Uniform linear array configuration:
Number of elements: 32
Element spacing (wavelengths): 0.25
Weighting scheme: hann
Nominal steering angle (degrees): -60
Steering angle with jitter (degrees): -61.271
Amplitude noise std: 0.05
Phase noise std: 0.05

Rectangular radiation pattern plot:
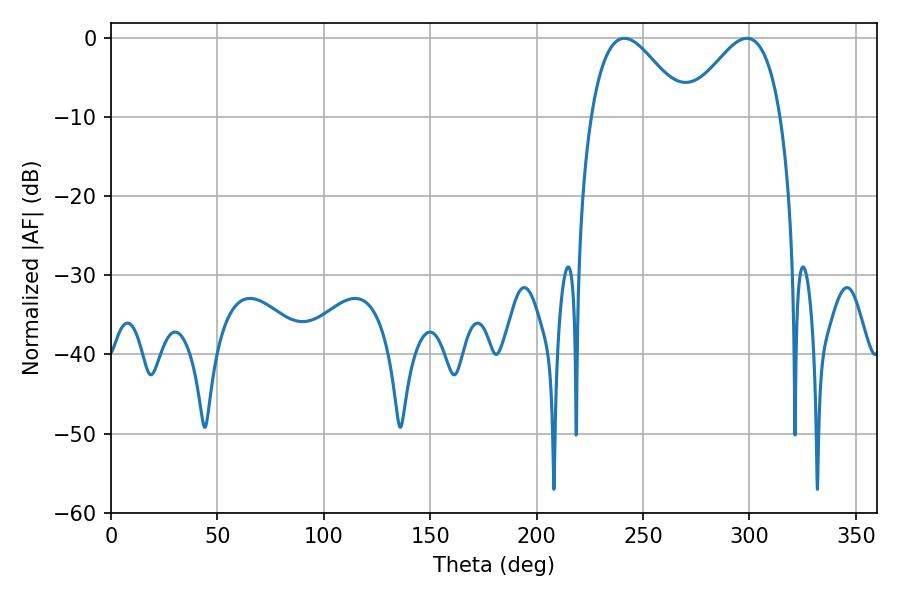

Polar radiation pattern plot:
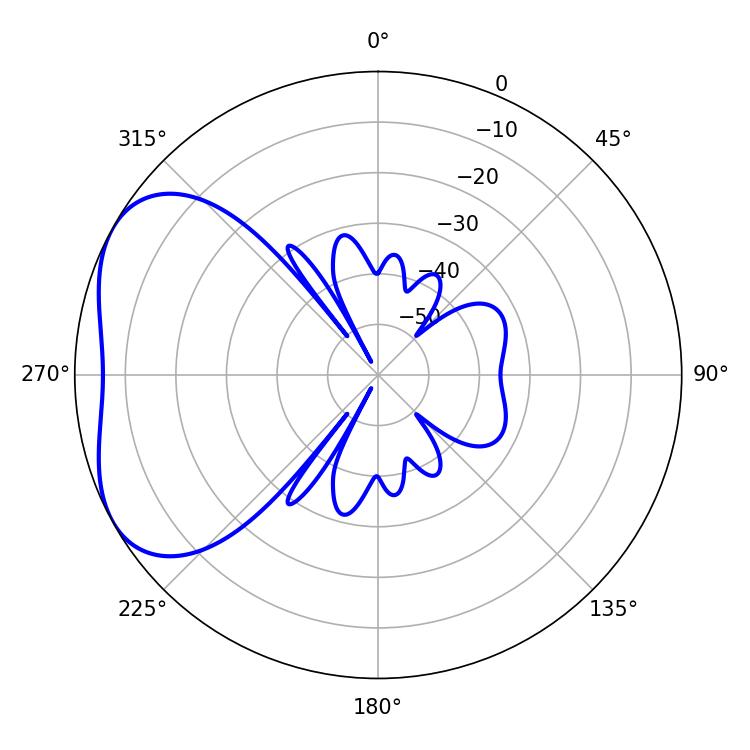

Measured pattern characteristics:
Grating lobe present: FALSE
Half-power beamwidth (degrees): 23.94
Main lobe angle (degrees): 241.2